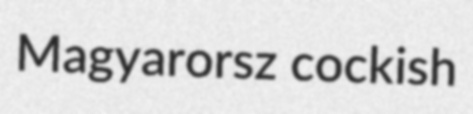
Magyarorsz cockish